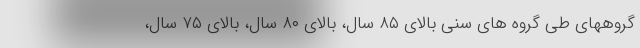
گروههای طی گروه های سنی بالای ۸۵ سال، بالای ۸۰ سال، بالای ۷۵ سال،